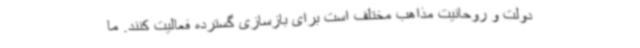
دولت و روحانیت مذاهب مختلف است برای بازسازی گسترده فعالیت کنند. ما